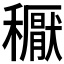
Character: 𥣘